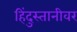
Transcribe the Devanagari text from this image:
हिंदुस्तानीवर